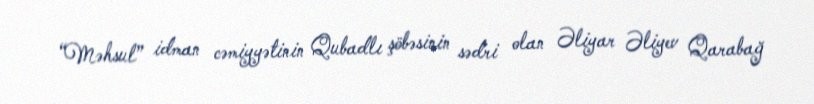
“Məhsul” idman cəmiyyətinin Qubadlı şöbəsinin sədri olan Əliyar Əliyev Qarabağ